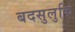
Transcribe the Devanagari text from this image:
बदसुलुकि